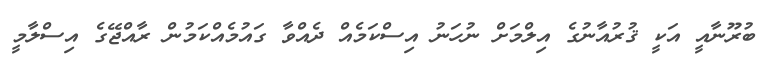
ބުރޫނާއީ އަކީ ޤުރުއާނުގެ އިލްމަށް ނުހަނު އިސްކަމެއް ދެއްވާ ގައުމެއްކަމުން ރާއްޖޭގެ އިސްލާމީ